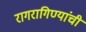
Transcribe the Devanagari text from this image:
रागरागिण्यांची